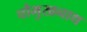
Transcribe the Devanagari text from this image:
चौमुखनाथ